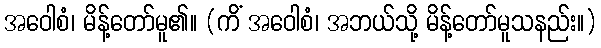
အဝေါစံ၊ မိန့်တော်မူ၏။ (ကိံ အဝေါစံ၊ အဘယ်သို့ မိန့်တော်မူသနည်း။)